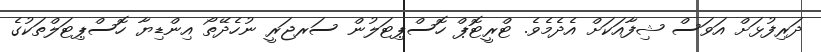
ދަރިފުޅަށް އަވަސް ޝިފާއަކަށް އެދެމެވެ. ޓްރީޓޮޕް ހޮސްޕިޓަލުން ސަރޖަރީ ނުހެދޭތޯ އިންޑިޔާ ހޮސްޕިޓަލްތަކުގެ